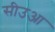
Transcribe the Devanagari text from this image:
सीउआ